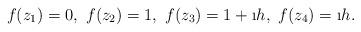
LaTeX: \begin{align*}f(z_1)= 0,\ f(z_2)=1,\ f(z_3)=1+\i h,\ f(z_4)= \i h.\end{align*}